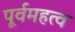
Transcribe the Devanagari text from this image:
पूर्वमहत्व